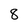
Character: 8